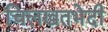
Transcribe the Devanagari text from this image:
चिलखतभेदी